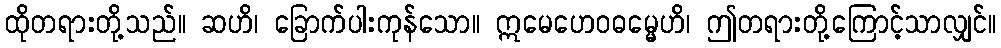
ထိုတရားတို့သည်။ ဆဟိ၊ ခြောက်ပါးကုန်သော။ ဣမေဟေဝဓမ္မေဟိ၊ ဤတရားတို့ကြောင့်သာလျှင်။